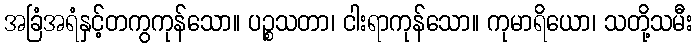
အခြံအရံနှင့်တကွကုန်သော။ ပဉ္စသတာ၊ ငါးရာကုန်သော။ ကုမာရိယော၊ သတို့သမီး